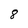
Character: 8